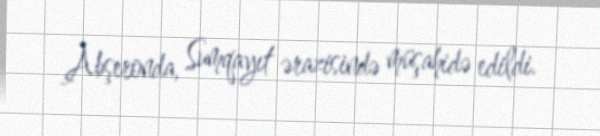
Abşeronda, Sumqayıt ərazisində müşahidə edildi.